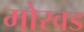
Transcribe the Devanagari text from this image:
मोरवड